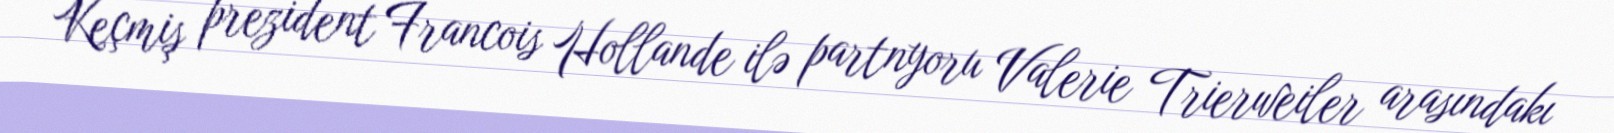
Keçmiş prezident Francois Hollande ilə partnyoru Valerie Trierweiler arasındakı